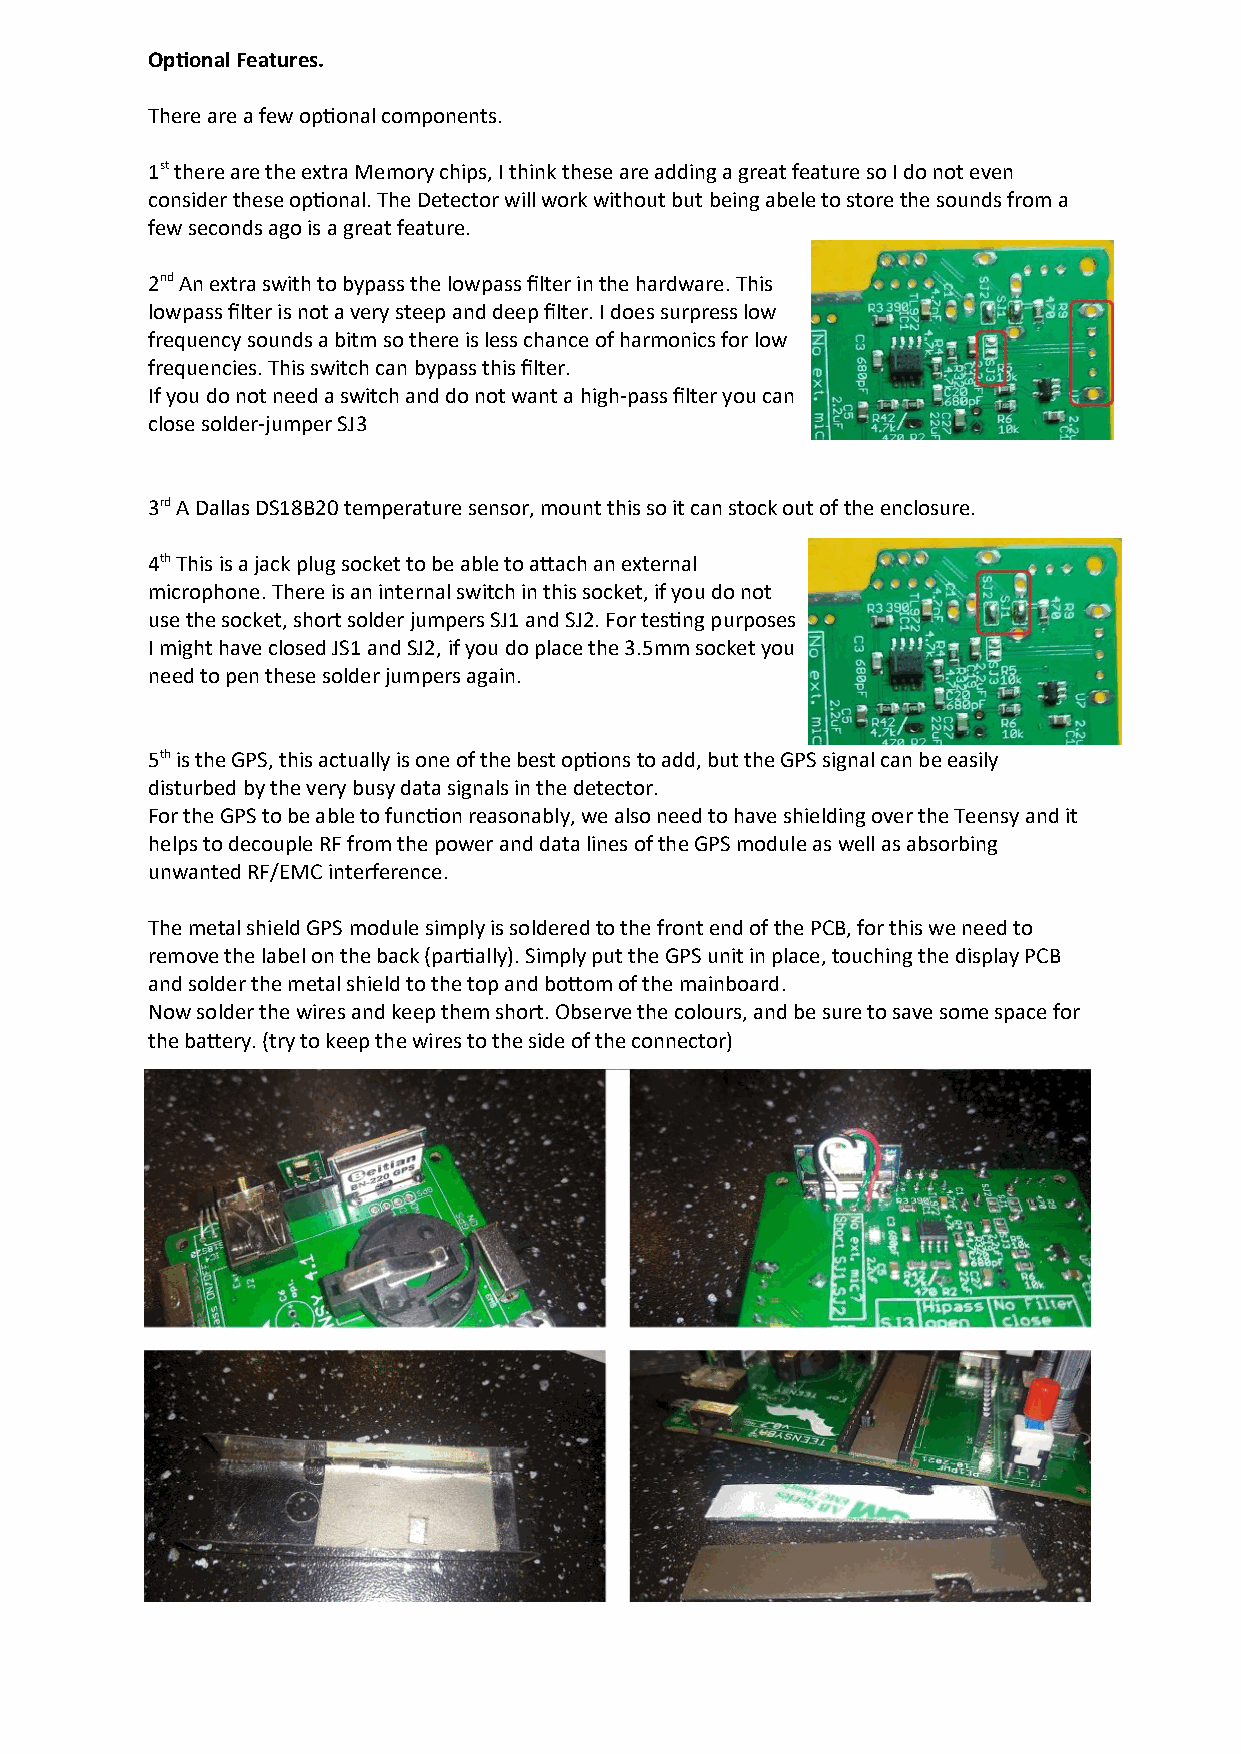
Optional Features.
 There are a few optional components.
 1st there are the extra Memory chips, I think these are adding a great feature so I do not even
 consider these optional. The Detector will work without but being abele to store the sounds from a
 few seconds ago is a great feature.
 2nd An extra swith to bypass the lowpass filter in the hardware. This
 lowpass filter is not a very steep and deep filter. I does surpress low
 frequency sounds a bitm so there is less chance of harmonics for low
 frequencies. This switch can bypass this filter.
 If you do not need a switch and do not want a high-pass filter you can
 close solder-jumper SJ3
 3rd A Dallas DS18B20 temperature sensor, mount this so it can stock out of the enclosure.
 4th This is a jack plug socket to be able to attach an external
 microphone. There is an internal switch in this socket, if you do not
 use the socket, short solder jumpers SJ1 and SJ2. For testing purposes
 I might have closed JS1 and SJ2, if you do place the 3.5mm socket you
 need to pen these solder jumpers again.
 5th is the GPS, this actually is one of the best options to add, but the GPS signal can be easily
 disturbed by the very busy data signals in the detector.
 For the GPS to be able to function reasonably, we also need to have shielding over the Teensy and it
 helps to decouple RF from the power and data lines of the GPS module as well as absorbing
 unwanted RF/EMC interference.
 The metal shield GPS module simply is soldered to the front end of the PCB, for this we need to
 remove the label on the back (partially). Simply put the GPS unit in place, touching the display PCB
 and solder the metal shield to the top and bottom of the mainboard.
 Now solder the wires and keep them short. Observe the colours, and be sure to save some space for
 the battery. (try to keep the wires to the side of the connector)